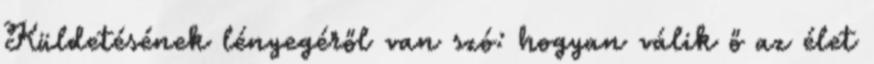
Küldetésének lényegéről van szó: hogyan válik ő az élet